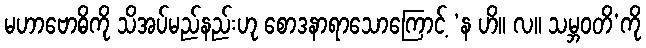
မဟာဗောဓိကို သိအပ်မည်နည်းဟု စောဒနာရာသောကြောင့် ‘န ဟိ။ လ။ သမ္ဘဝတိ’ကို